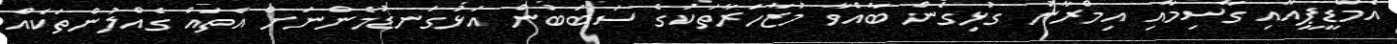
އެމްޑީޕީއާއި ގާސިމާއި އިމްރާނު ގުޅިގެން ބާއްވާ މުޒާހަރާތަކުގެ ސަބަބުން އަޅުގަނޑުމެންނަށް އެތައް ގެއްލުންތަކެއް